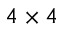
4 \times 4